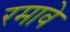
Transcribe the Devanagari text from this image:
रमावे